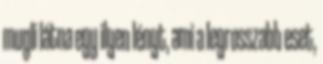
mugli látna egy ilyen lényt, ami a legrosszabb eset,